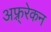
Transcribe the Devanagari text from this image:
अफ़्र्रेकन